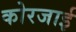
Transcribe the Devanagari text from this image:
कोरजाई